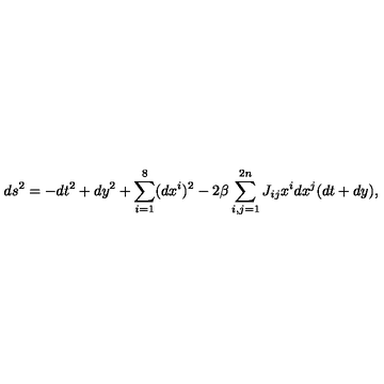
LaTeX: d s ^ { 2 } = - d t ^ { 2 } + d y ^ { 2 } + \sum _ { i = 1 } ^ { 8 } ( d x ^ { i } ) ^ { 2 } - 2 \beta \sum _ { i , j = 1 } ^ { 2 n } J _ { i j } x ^ { i } d x ^ { j } ( d t + d y ) ,